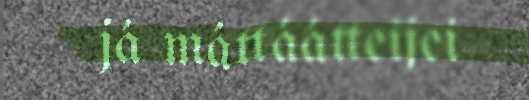
já máttáátteijei